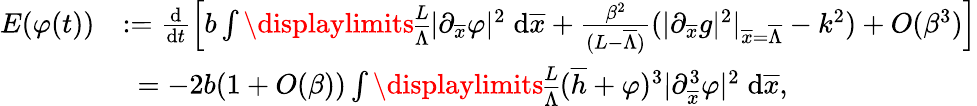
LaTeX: \begin{array}{rl}{E(\varphi(t))}&{:=\frac{\mathrm{d}}{\mathrm{d}t}\left[b\int\displaylimits_{\overline{{\Lambda}}}^{L}{|\partial_{\overline{{x}}}\varphi|^{2}\; \mathrm{d}\overline{{x}}+\frac{\beta^{2}}{(L-\overline{{\Lambda}})}(|\partial_{\overline{{x}}}g|^{2}|_{\overline{{x}}=\overline{{\Lambda}}}-k^{2})+O(\beta^{3})}\right]}\\ &{\ =-2b(1+O(\beta))\int\displaylimits_{\overline{{\Lambda}}}^{L}{(\overline{{h}}+\varphi)^{3}|\partial_{\overline{{x}}}^{3}\varphi|^{2}\; \mathrm{d}\overline{{x}}},}\end{array}